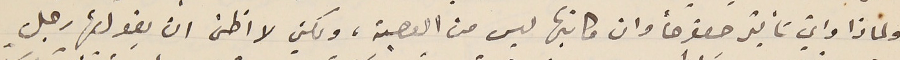
ولماذا وايّ تأثير خصوصاً وان كاتبها ليس من العصبة، ولكني لا اظن ان يقولها رجل